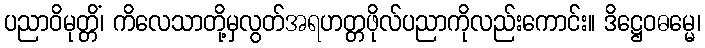
ပညာဝိမုတ္တိံ၊ ကိလေသာတို့မှလွတ်အရဟတ္တဖိုလ်ပညာကိုလည်းကောင်း။ ဒိဋ္ဌေဝဓမ္မေ၊